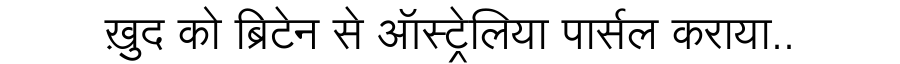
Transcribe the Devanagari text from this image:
ख़ुद को ब्रिटेन से ऑस्ट्रेलिया पार्सल कराया..